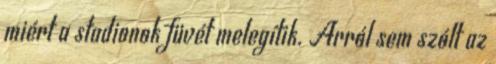
miért a stadionok füvét melegítik. Arról sem szólt az